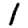
Digit: 1